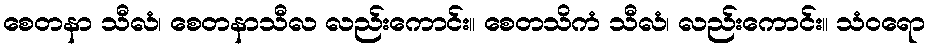
စေတနာ သီလံ၊ စေတနာသီလ လည်းကောင်း။ စေတသိကံ သီလံ၊ လည်းကောင်း။ သံဝရော